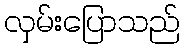
လှမ်းပြောသည်